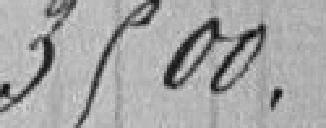
3500.